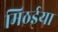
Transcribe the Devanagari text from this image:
मिठईया